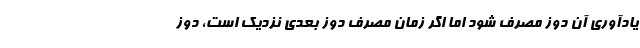
یادآوری آن دوز مصرف شود اما اگر زمان مصرف دوز بعدی نزدیک است، دوز